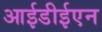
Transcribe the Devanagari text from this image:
आईडीईएन